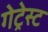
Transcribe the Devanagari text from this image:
गेट्रेस्ट